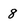
Character: 8